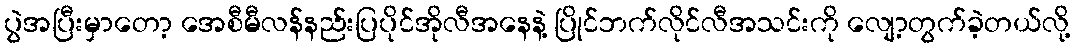
ပွဲအပြီးမှာတော့ အေစီမီလန်နည်းပြပိုင်အိုလီအနေနဲ့ ပြိုင်ဘက်လိုင်လီအသင်းကို လျော့တွက်ခဲ့တယ်လို့